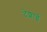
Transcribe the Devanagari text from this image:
देशाई